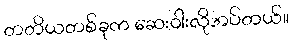
တတိယတစ်ခုက ဆေးဝါးလိုအပ်တယ်။